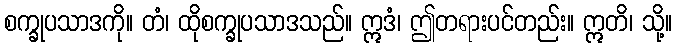
စက္ခုပသာဒကို။ တံ၊ ထိုစက္ခုပသာဒသည်။ ဣဒံ၊ ဤတရားပင်တည်း။ ဣတိ၊ သို့။